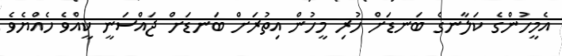
އެމީހުންގެ ކަލާނގެ ބަނޑަށް ހުރި މީހުން އިތުރަށް ބަނޑަށް ޖައްސަނީ ކީއްވެ ހެއްޔެވެ